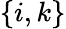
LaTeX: \{ i,k\}